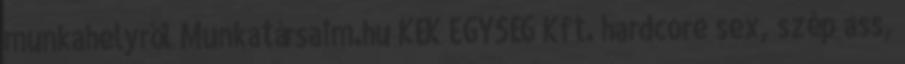
munkahelyről Munkatársaim.hu KÉK EGYSÉG Kft. hardcore sex, szép ass,